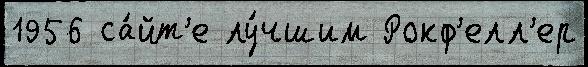
1956 са́йт'е лу́чшим Рокф'елл'ер